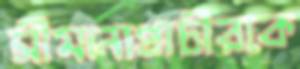
সীমানাপ্রাচীরকে